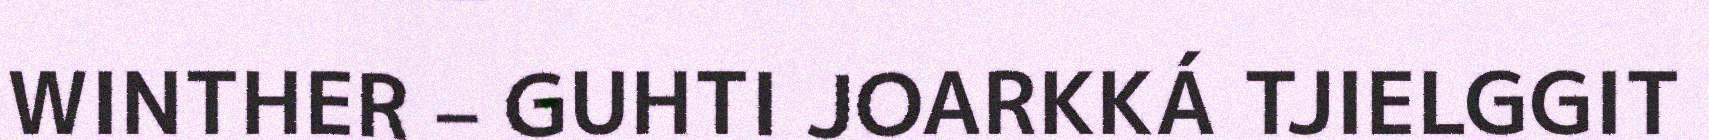
WINTHER – GUHTI JOARKKÁ TJIELGGIT